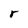
Character: r